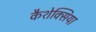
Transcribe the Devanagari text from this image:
कैशेक्सिया